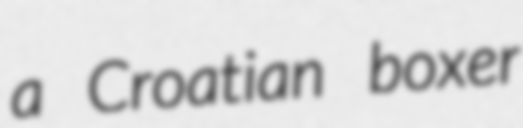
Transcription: a Croatian boxer